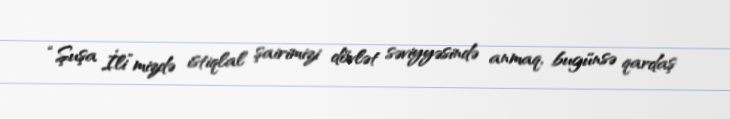
“Şuşa İli”mizdə istiqlal şairimizi dövlət səviyyəsində anmaq, bugünsə qardaş